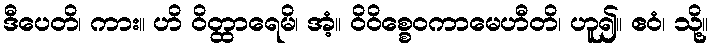
ဒီပေတိ၊ ကား။ ဟိ ဝိတ္ထာရေမိ၊ အံ့။ ဝိဝိစ္စေဝကာမေဟီတိ၊ ဟူ၍။ ဧဝံ၊ သို့။